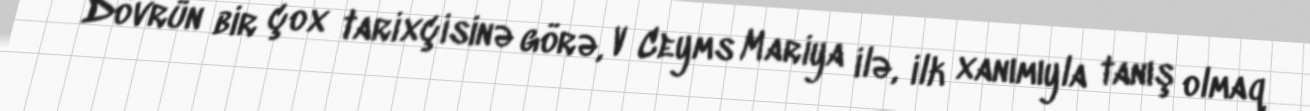
Dövrün bir çox tarixçisinə görə, V Ceyms Mariya ilə, ilk xanımıyla tanış olmaq